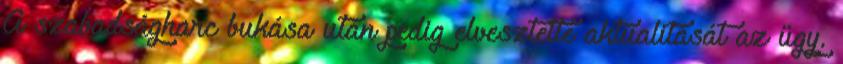
A szabadságharc bukása után pedig elvesztette aktualitását az ügy.